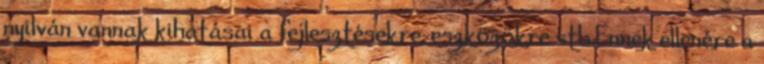
nyilván vannak kihatásai a fejlesztésekre, eszközökre stb.Ennek ellenére a